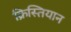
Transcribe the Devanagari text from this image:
क्रिस्तियान